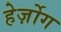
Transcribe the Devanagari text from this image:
हेर्ज़ोग